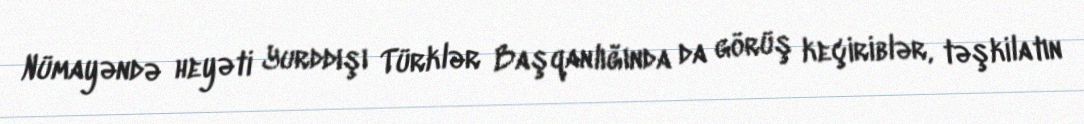
Nümayəndə heyəti Yurddışı Türklər Başqanlığında da görüş keçiriblər, təşkilatın